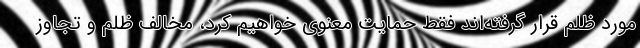
‌مورد ظلم قرار گرفته‌اند فقط حمایت معنوی خواهیم کرد، مخالف ظلم و تجاوز